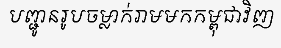
បញ្ជូនរូបចម្លាក់រាមមកកម្ពុជាវិញ